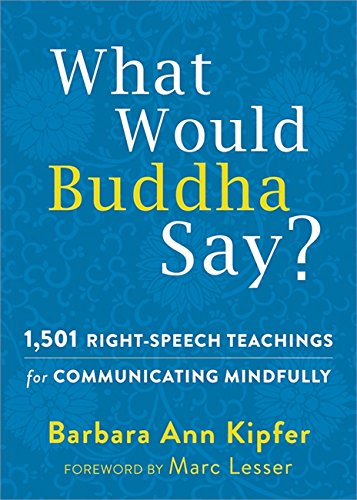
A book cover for What Would Buddha Say?: 1,501 Right-Speech Teachings for Communicating Mindfully (The New Harbinger Following Buddha Series); Barbara Ann Kipfer PhD; Self-Help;